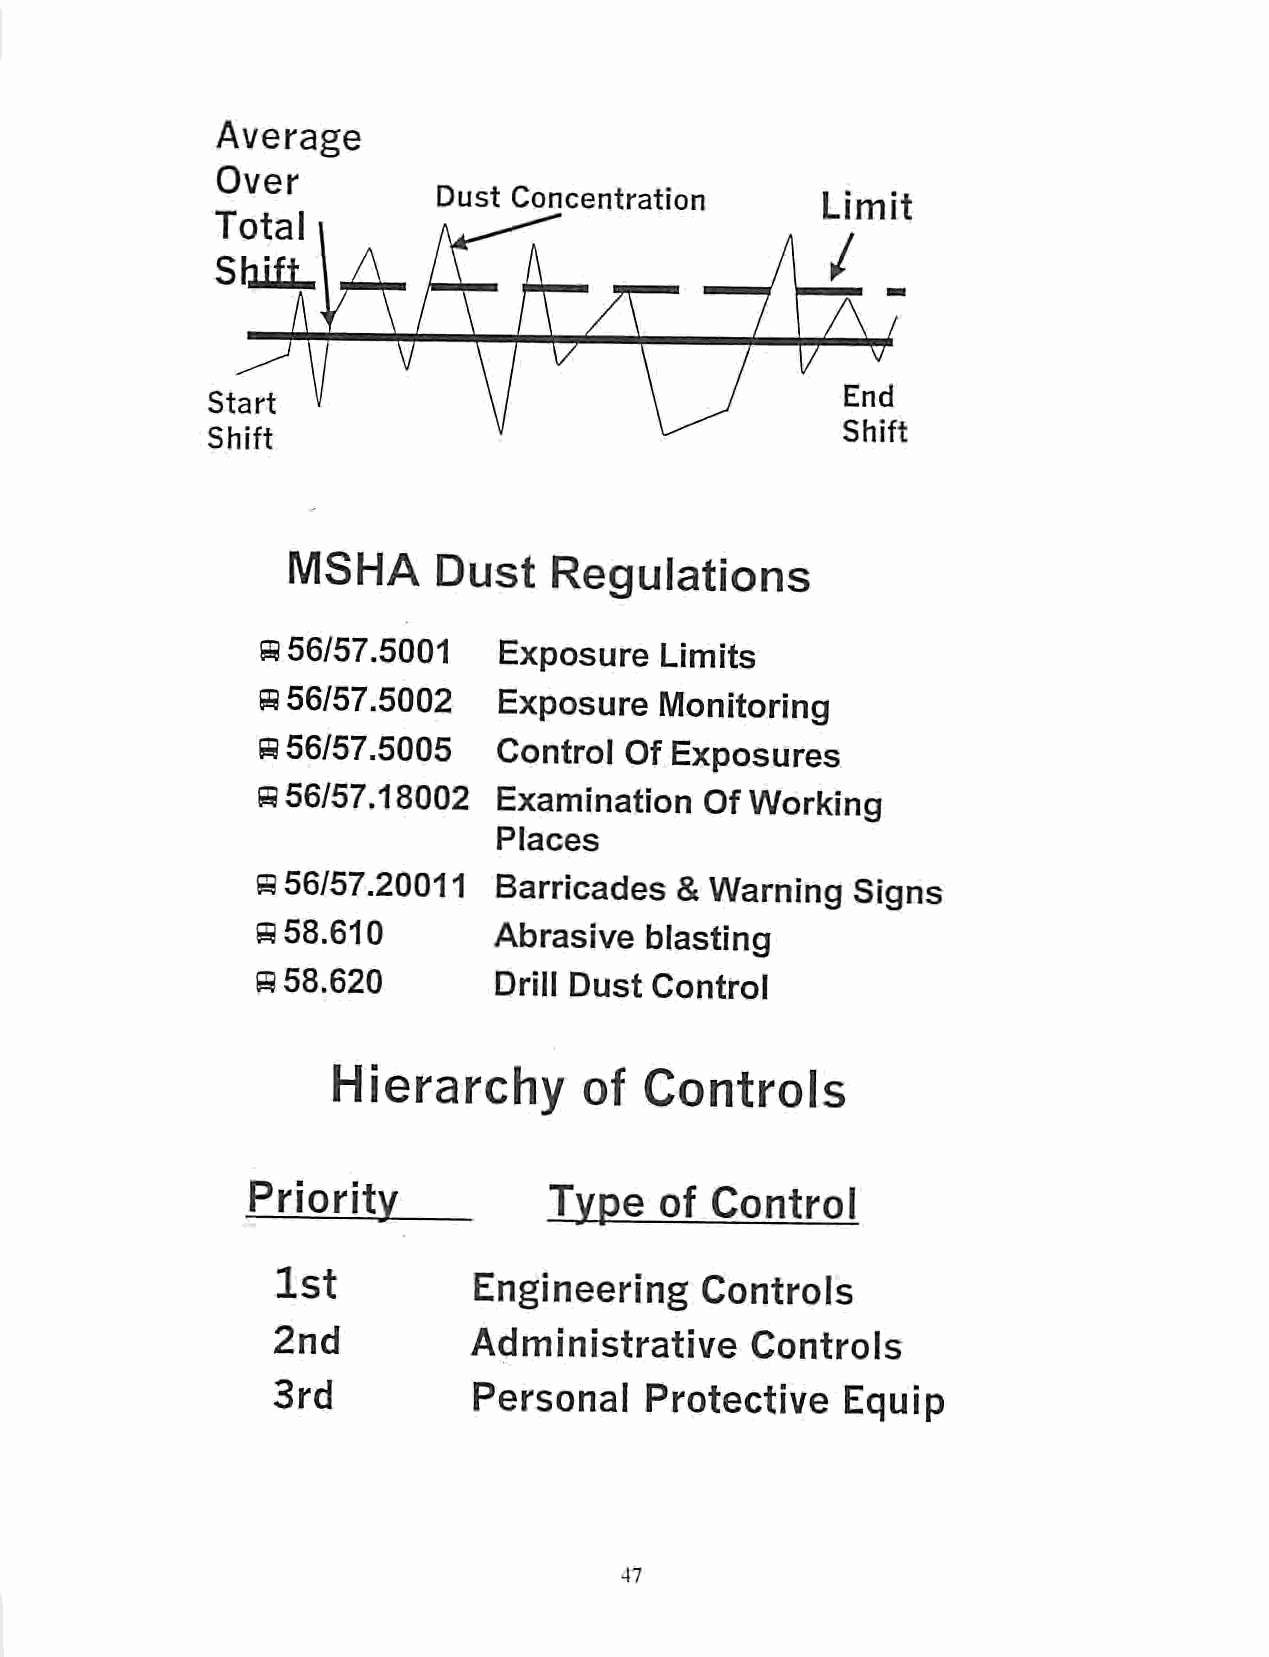
Average
 Over
 Dust Concentration       Limit
 Total
 ShifL
 Start
 Shift
 MSHA      Dust    Regulations
 ffl 56/57.5001  Exposure   Limits
 B56/57.5002     Exposure   Monitoring
 B56/57.5005     Control OfExposures
 8 56/57.18002   Examination   Of Working
 Places
 a 56/57.20011   Barricades  &Warning   Signs
 a 58.610        Abrasive  blasting
 8 58.620        Drill Dust Control
 Hierarchy        of  Controls
 Priority            Type    of Control
 1st          Engineering    Controls
 2nd          Administrative     Controls
 3rd          Personal    Protective   Equip
 47